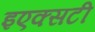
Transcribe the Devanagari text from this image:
इएक्सटी